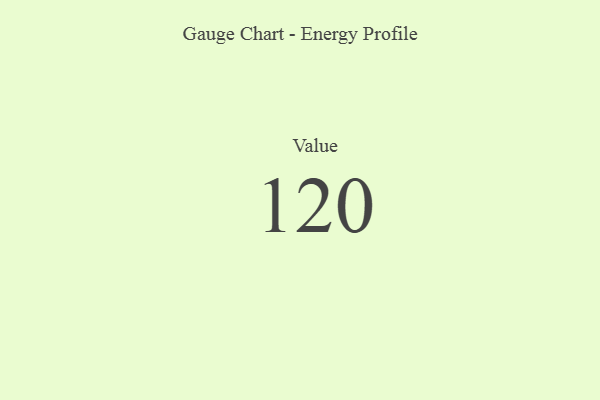
{"axis": {"x": "Metric", "y": "Value"}, "legend": [""], "data": [{"x": "Value", "y": 120, "type": ""}]}